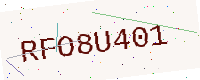
Text: RFO8U401